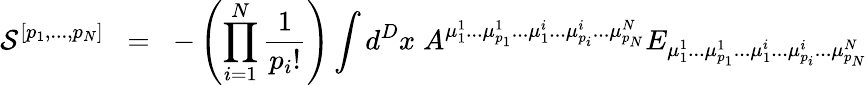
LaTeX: {\cal{S}}^{[p_{1},...,p_{N}]}\; \; =\; \; -\left(\prod_{i=1}^{N}\frac{1}{p_{i}!}\right)\int d^{D}x\; A^{{\mu}_{1}^{1}...{\mu}_{p_{1}}^{1}...{\mu}_{1}^{i}...{\mu}_{p_{i}}^{i}...{\mu}_{p_{N}}^{N}}E_{{\mu}_{1}^{1}...{\mu}_{p_{1}}^{1}...{\mu}_{1}^{i}...{\mu}_{p_{i}}^{i}...{\mu}_{p_{N}}^{N}}